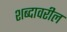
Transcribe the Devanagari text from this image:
शब्दावरील